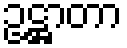
ဥဋ္ဌာတာ